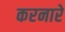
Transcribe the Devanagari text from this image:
करनारे